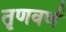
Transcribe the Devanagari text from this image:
तृणवर्ण